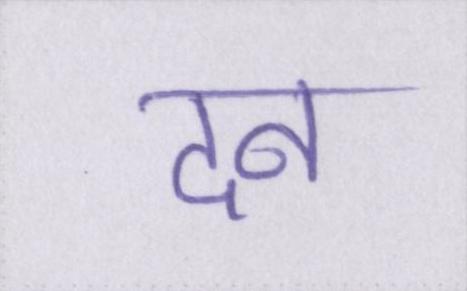
दन